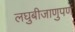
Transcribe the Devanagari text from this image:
लघुबीजाणुपर्ण